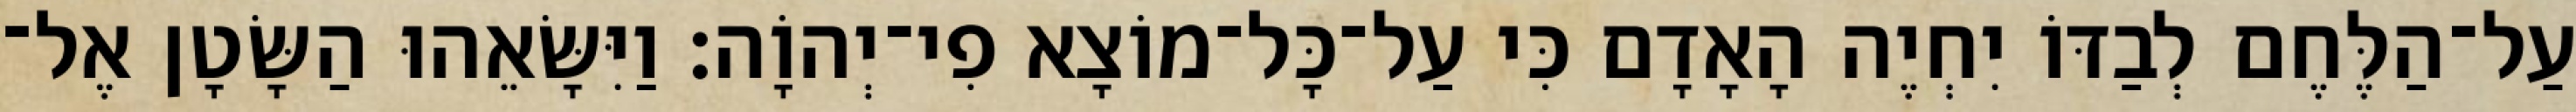
עַל־הַלֶּחֶם לְבַדּוֹ יִחְיֶה הָאָדָם כִּי עַל־כָּל־מוֹצָא פִי־יְהוָֹה׃ וַיִּשָּׂאֵהוּ הַשָּׂטָן אֶל־